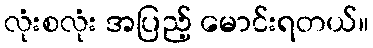
လုံးစလုံး အပြည့် မောင်းရတယ်။